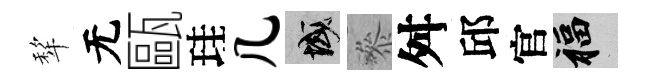
犂无甌珪几域叅舛邱官福